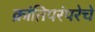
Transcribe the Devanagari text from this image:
क्रांतिपरंपरेचे